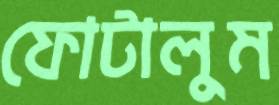
ফোটালুম